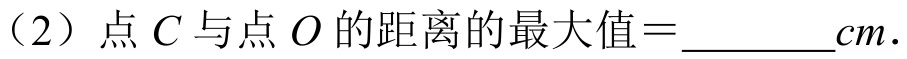
（2）点\(C\)与点\(O\)的距离的最大值\(=\underline{\quad\quad}cm\).